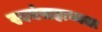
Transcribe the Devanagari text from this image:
स्वयंसहाय्यता